Indian journal of veterinary science and animal husbandry - Volume 3,
Year: 1933
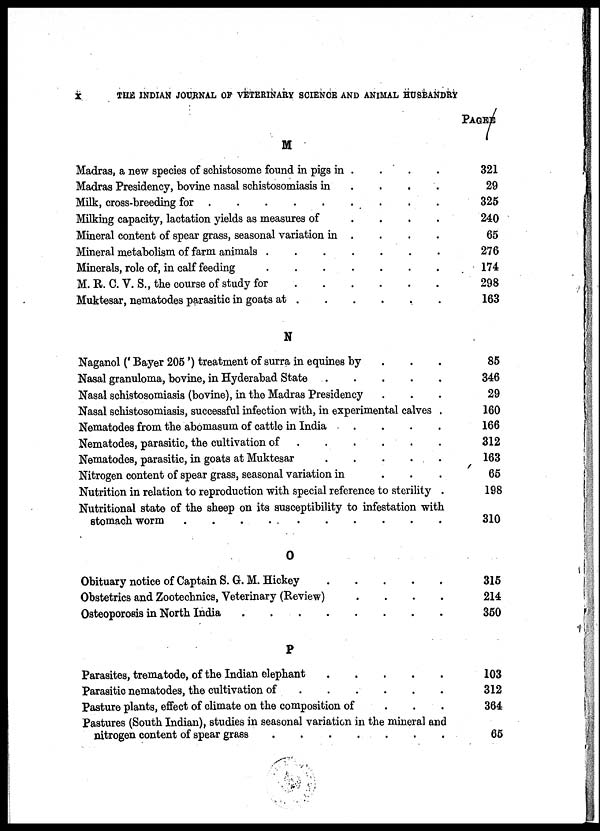
X
THE INDIAN JOURNAL OF VETERINARY SOIENCE AND ANIMAL HUSBANDRY
M
Madras, a new species of schistosome found in pigs in . . . . . . . .
Madras Presidency, bovine nasal schistosomiasis in . . . . . . . .
Milk, cross-breeding for . . . . . . . .
Milking capacity, lactation yields as measures of . . . . . . . .
Mineral content of spear grass, seasonal variation in . . . . . . . .
Mineral metabolism of farm animals . . . . . . . .
Minerals, role of, in calf feeding . . . . . . . .
M. R. C. V. S., the course of study for . . . . . . . .
Muktesar, nematodes parasitic in goats at . . . . . . . .
N
Naganol (' Bayer 205 ') treatment of surra in equines by . . .
Nasal granuloma, bovine, in Hyderabad State . . . . . . . .
Nasal schistosomiasis (bovine), in the Madras Presidency . . .
Nasal schistosomiasis, successful infection with, in experimental calves .
Nematodes from the abomasum of cattle in India . . . . . . . .
Nematodes, parasitic, the cultivation of . . . . . . . .
Nematodes, parasitic, in goats at Muktesar . . . . . . . .
Nitrogen content of spear grass, seasonal variation in
.
.
.
Nutrition in relation to reproduction with special reference to sterility .
Nutritional state of the sheep on its susceptibility to infestation with
stomach worm . . . . . . . .
O
Obituary notice of Captain S. G. M. Hickey . . . . . . . .
Obstetrics and Zootechnics, Veterinary (Review) . . . . . . . .
Osteoporosis in North India . . . . . . . .
P
Parasites, trematode, of the Indian elephant . . . . . . . .
Parasitic nematodes, the cultivation of . . . . . . . .
Pasture plants, effect of climate on the composition of . . .
Pastures (South Indian), studies in seasonal variation in the mineral and
nitrogen content of spear grass . . . . . . . .
PAGE
321
29
325
240
65
276
174
298
163
85
346
29
160
166
312
163
65
198
310
315
214
350
103
312
364
65